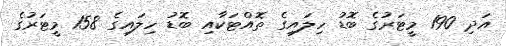
އަދި 190 މީޓަރުގެ ބޮޑު ހިލައިގެ ތޮއްޓަކާއި ބޮޑު ހިލައިގެ 158 މީޓަރުގެ